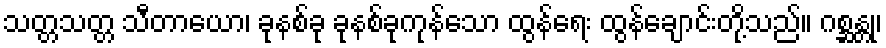
သတ္တသတ္တ သီတာယော၊ ခုနစ်ခု ခုနစ်ခုကုန်သော ထွန်ရေး ထွန်ချောင်းတို့သည်။ ဂစ္ဆန္တု၊